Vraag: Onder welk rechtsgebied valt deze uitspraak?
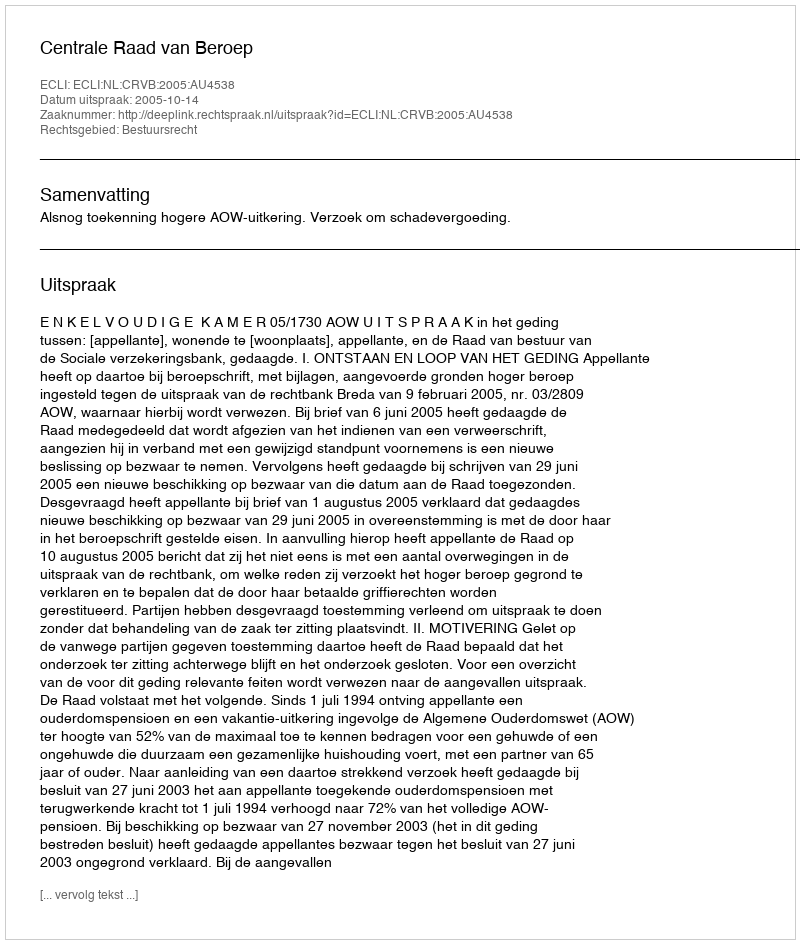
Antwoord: Bestuursrecht